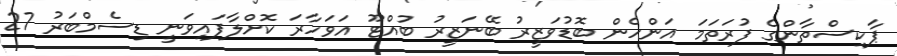
ޕާކިސްތާންގެ ފުރަތަމަ އަންހެން ބޮޑުވަޒީރު ބޭނަޒީރު ބުއްޓޫ އަވަހާރަ ކޮށްލާފައިވަނީ ޑިސެމްބަރު 27